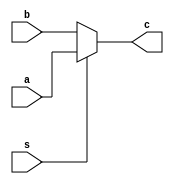
module Mux (
    input [31:0] a, b,
    input s,
    output reg [31:0] c
 );
 // c = a (s == 1)
 // c = b (s == 0)
 always@(*) begin
    c = (s == 1'b0) ? b : a;
 end

endmodule

// | \
// |  \
// | a |
// |   | --> c
// | b |
// |  / <----s
// | /